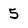
Character: 5